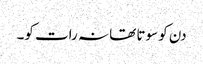
دن کو سوتا تھا نہ رات کو۔